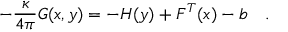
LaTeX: - { \frac { \kappa } { 4 \pi } } { \cal G } ( x , y ) = - H ( y ) + F ^ { T } ( x ) - b \quad .